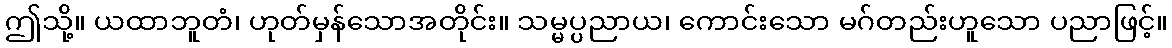
ဤသို့။ ယထာဘူတံ၊ ဟုတ်မှန်သောအတိုင်း။ သမ္မပ္ပညာယ၊ ကောင်းသော မဂ်တည်းဟူသော ပညာဖြင့်။